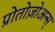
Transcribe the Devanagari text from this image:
प्रोतोज़ोअन्स्